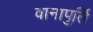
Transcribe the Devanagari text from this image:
वानापुर्ति